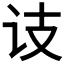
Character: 𬣛